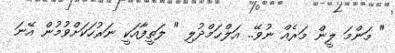
" މަންމަ ލީން މަރެއް ނުވޭ.. އަލްޙަމްދުލި " ލަތީފާއަކީ ނަރުހަކަށްވުމުން އޭނަ